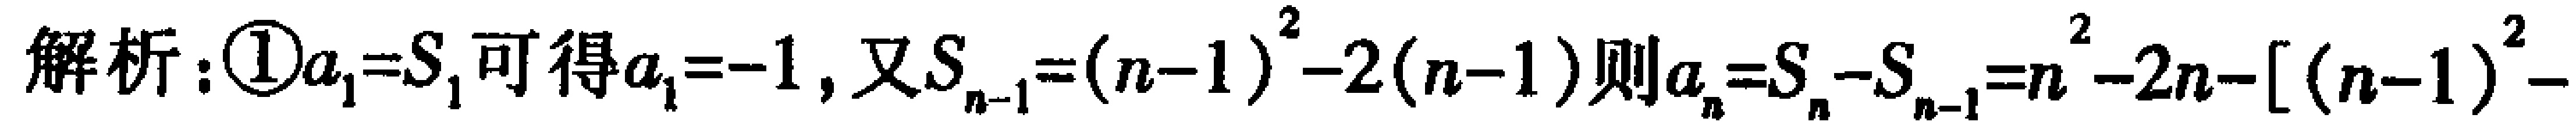
解析：\textcircled{1}$a_{1}=S_{1}$可得$a_{1}=-1$, 又$S_{n - 1}=(n - 1)^{2}-2(n - 1)$则$a_{n}=S_{n}-S_{n - 1}=n^{2}-2n-[(n - 1)^{2}-$